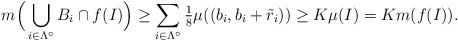
\begin{align*}m \Big(\bigcup_{i \in \Lambda^\circ} B_i \cap f(I) \Big) \ge \sum_{i \in \Lambda^\circ} \tfrac{1}{8} \mu((b_i,b_i+\tilde r_i)) \ge K\mu(I) = K m(f(I)).\end{align*}